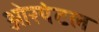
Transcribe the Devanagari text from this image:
ओरयंटल